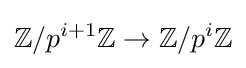
\mathbb {Z} /p^{i+1}\mathbb {Z} \to \mathbb {Z} /p^{i}\mathbb {Z}